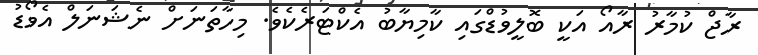
ރާޖް ކުމާރު ރާއޯ އަކީ ބޮލީވުޑްގައި ކާމިޔާބު އެކްޓަރެކެވެ. މިހާތަނަށް ނެޝަނަލް އެވޯޑު